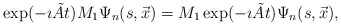
\begin{align*}\exp( - \imath \tilde{A} t)M_{1}\Psi_{n}(s,\vec{x})= M_{1} \exp( - \imath \tilde{A} t) \Psi_{n}(s,\vec{x}),\end{align*}